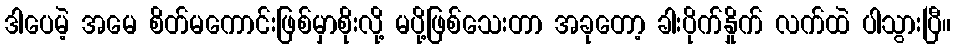
ဒါပေမဲ့ အမေ စိတ်မကောင်းဖြစ်မှာစိုးလို့ မပို့ဖြစ်သေးတာ အခုတော့ ခါးပိုက်နှိုက် လက်ထဲ ပါသွားပြီ။